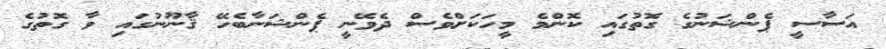
އަސާސީ ޕެންޝަނުގެ ގޮތުގައި ކޮންމެ މީހަކަށްވެސް ދެވޭނީ ޕެންޝަނާބެހޭ ޤާނޫނުގައި ވާ ގޮތުގެ